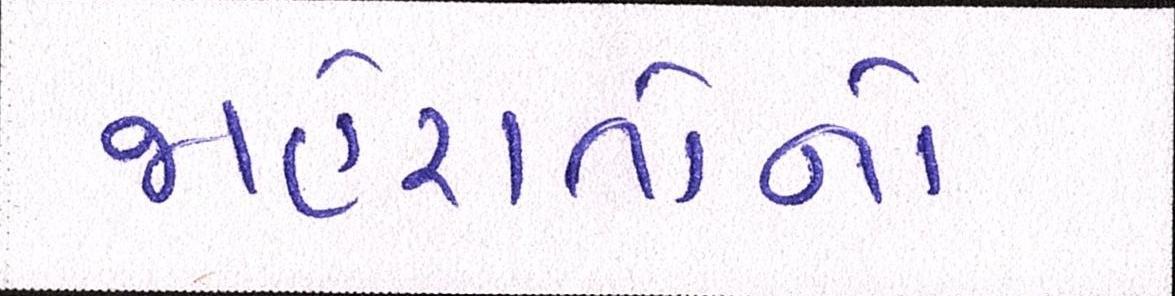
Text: જાહેરાતોનો